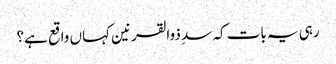
رہی یہ بات کہ سدِ ذوالقرنین کہاں واقع ہے؟